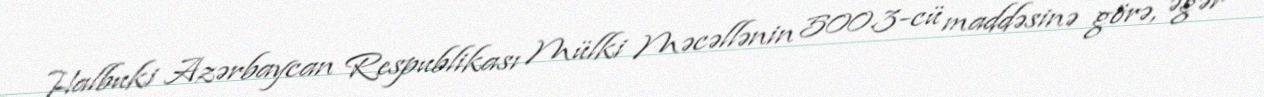
Halbuki Azərbaycan Respublikası Mülki Məcəllənin 500.3-cü maddəsinə görə, əgər